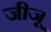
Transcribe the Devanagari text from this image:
जीजू